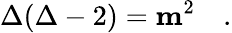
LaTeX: \Delta(\Delta-2)={\mathbf m}^{2}\quad.